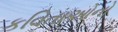
કવિતાઓનો